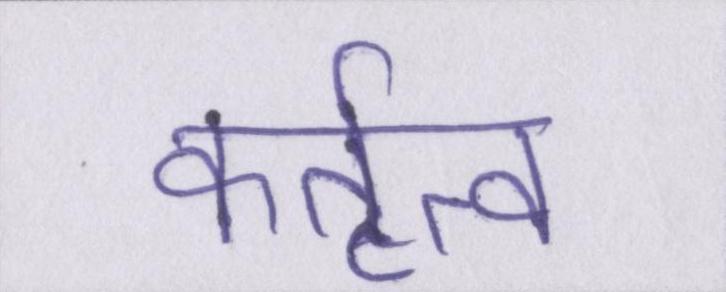
कर्तृत्व